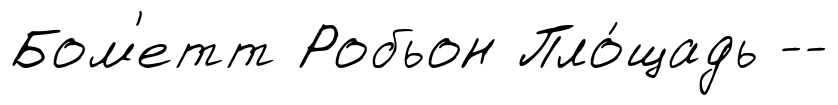
Бом'етт Робьон Пло́щадь --